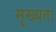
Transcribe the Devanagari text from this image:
मृख्यतः